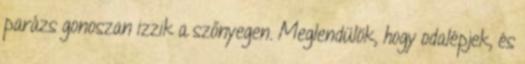
parázs gonoszan izzik a szőnyegen. Meglendülök, hogy odalépjek, és